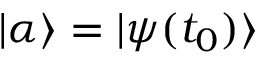
| \alpha \rangle = | \psi ( t _ { 0 } ) \rangle